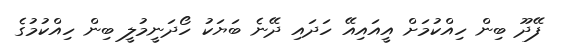
ފޭދޫ ބިން ހިއްކުމަށް އީއައިއޭ ހަދައި ދޭނެ ބަޔަކު ހޯދަނީމުލީ ބިން ހިއްކުމުގެ